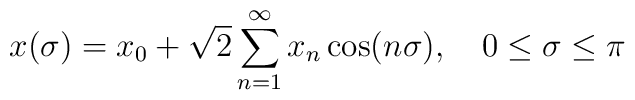
x(\sigma)=x_{0}+\sqrt{2}\sum^{\infty}_{n=1}x_{n}\cos(n\sigma),~~~0\leq \sigma \leq\pi